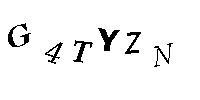
G4TYZN